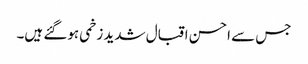
جس سے احسن اقبال شدید زخمی ہوگئے ہیں۔